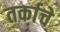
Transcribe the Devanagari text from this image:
तर्काचे